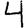
Digit: 4